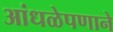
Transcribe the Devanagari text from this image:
आंधळेपणाने